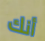
أنك